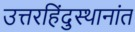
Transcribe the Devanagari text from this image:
उत्तरहिंदुस्थानांत